Annual report on the Civil Veterinary Department, Burma (including the Insein Veterinary School) - 1932-1941
Year: 1932
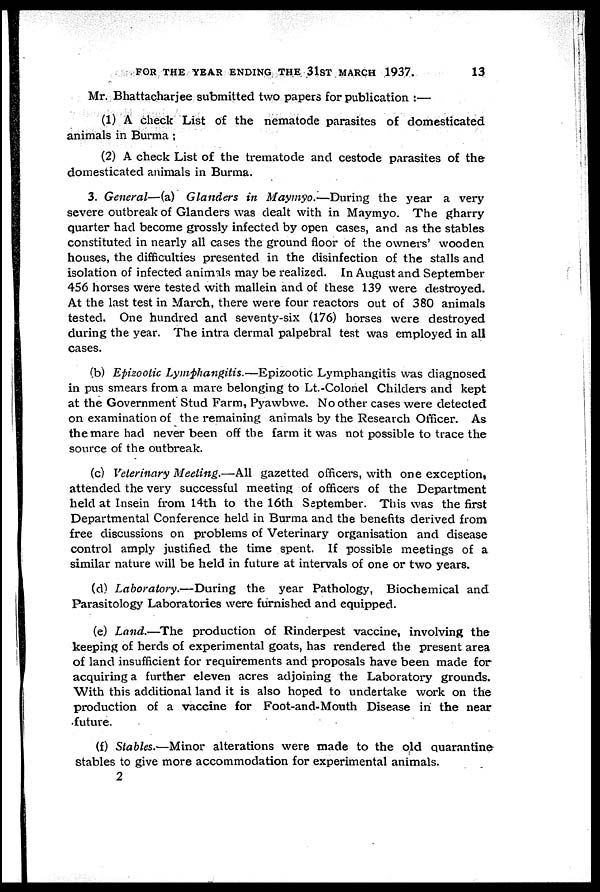
FOR THE YEAR ENDING THE 31ST MARCH 1937.
13
Mr. Bhattacharjee submitted two papers for publication :—
(1) A check List of the nematode parasites of domesticated
animals in Burma ;
(2) A check List of the trematode and cestode parasites of the
domesticated animals in Burma.
3. General—(a) Glanders in Maymyo.—During the year a very
severe outbreak of Glanders was dealt with in Maymyo. The gharry
quarter had become grossly infected by open cases, and as the stables
constituted in nearly all cases the ground floor of the owners' wooden
houses, the difficulties presented in the disinfection of the stalls and
isolation of infected animals may be realized. In August and September
456 horses were tested with mallein and of these 139 were destroyed.
At the last test in March, there were four reactors out of 380 animals
tested. One hundred and seventy-six (176) horses were destroyed
during the year. The intra dermal palpebral test was employed in all
cases.
(b) Epizootic Lymphangitis.—Epizootic Lymphangitis was diagnosed
in pus smears from a mare belonging to Lt.-Colonel Childers and kept
at the Government Stud Farm, Pyawbwe. No other cases were detected
on examination of the remaining animals by the Research Officer. As
the mare had never been off the farm it was not possible to trace the
source of the outbreak.
(c) Veterinary Meeting.—All gazetted officers, with one exception,
attended the very successful meeting of officers of the Department
held at Insein from 14th to the 16th September. This was the first
Departmental Conference held in Burma and the benefits derived from
free discussions on problems of Veterinary organisation and disease
control amply justified the time spent. If possible meetings of a
similar nature will be held in future at intervals of one or two years.
(d) Laboratory.—During
the year Pathology, Biochemical and
Parasitology Laboratories were furnished and equipped.
(e) Land.—The production of Rinderpest vaccine, involving the
keeping of herds of experimental goats, has rendered the present area
of land insufficient for requirements and proposals have been made for
acquiring a further eleven acres adjoining the Laboratory grounds.
With this additional land it is also hoped to undertake work on the
production of a vaccine for Foot-and-Mouth Disease in the near
future.
(f) Stables.—Minor alterations were made to the old quarantine
stables to give more accommodation for experimental animals.
2